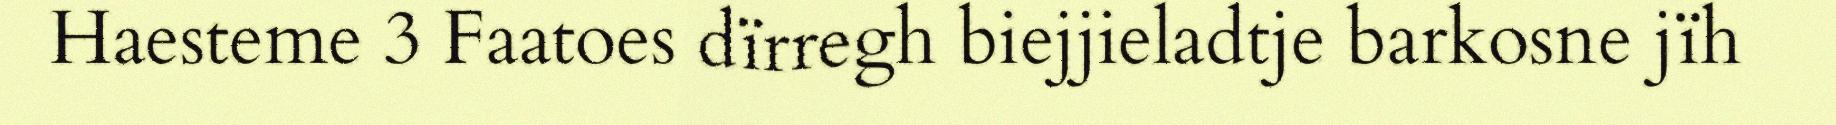
Haesteme 3 Faatoes dïrregh biejjieladtje barkosne jïh